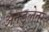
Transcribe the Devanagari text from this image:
अनडुलेतर